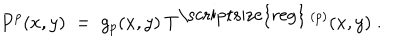
P ^ { p } ( x , y ) \; = \; g _ { p } ( x , y ) \: T ^ { \mathrm { \scriptsize { r e g } } \: ( p ) } ( x , y ) \; .